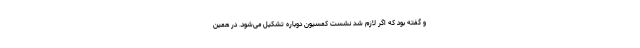
و گفته بود که اگر لازم شد نشست کمسیون دوباره تشکیل می‌شود. در همین